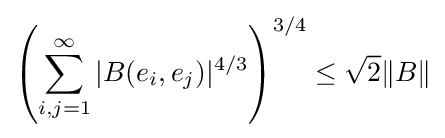
\left(\sum _{i,j=1}^{\infty }|B(e_{i},e_{j})|^{4/3}\right)^{3/4}\leq {\sqrt {2}}\|B\|